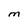
Character: M